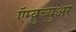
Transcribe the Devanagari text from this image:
ऍम्युच्युअर